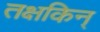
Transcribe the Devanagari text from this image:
तक्षकिन्